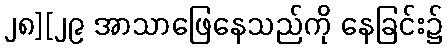
၂၈][၂၉ အာသာဖြေနေသည်ကို နေခြင်း၌